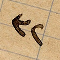
٣٢